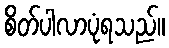
စိတ်ပါလာပုံရသည်။